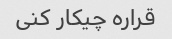
قراره چیکار کنی